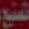
المتبع